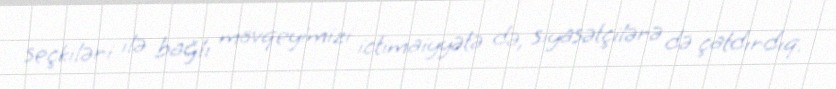
seçkiləri ilə bağlı mövqeyimizi ictimaiyyətə də, siyasətçilərə də çatdırdıq.